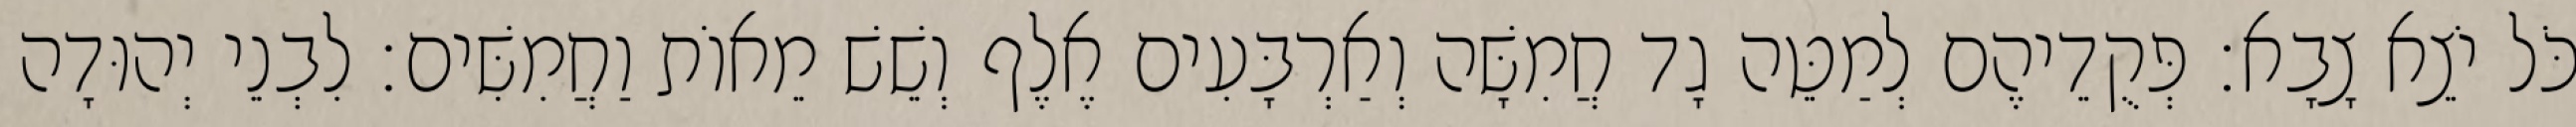
כֹּל יֹצֵא צָבָא׃ פְּקֻדֵיהֶם לְמַטֵּה גָד חֲמִשָּׁה וְאַרְבָּעִים אֶלֶף וְשֵׁשׁ מֵאוֹת וַחֲמִשִּׁים׃ לִבְנֵי יְהוּדָה